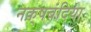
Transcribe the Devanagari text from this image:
नक़्षबंदिया